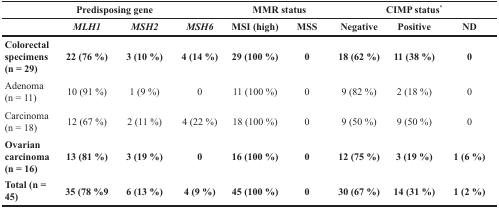
|  | <COLSPAN=2> Predisposing gene |  | <COLSPAN=2> MMR status | <COLSPAN=3> CIMP status* |
 |  | MLH1 | MSH2 | MSH6 | MSI (high) | MSS | Negative | Positive | ND |
 | --- | --- | --- | --- | --- | --- | --- | --- | --- |
 | Colorectal specimens (n = 29) | 22 (76 %) | 3 (10 %) | 4 (14 %) | 29 (100 %) | 0 | 18 (62 %) | 11 (38 %) | 0 |
 | Adenoma (n = 11) | 10 (91 %) | 1 (9 %) | 0 | 11 (100 %) | 0 | 9 (82 %) | 2 (18 %) | 0 |
 | Carcinoma (n = 18) | 12 (67 %) | 2 (11 %) | 4 (22 %) | 18 (100 %) | 0 | 9 (50 %) | 9 (50 %) | 0 |
 | Ovarian carcinoma (n = 16) | 13 (81 %) | 3 (19 %) | 0 | 16 (100 %) | 0 | 12 (75 %) | 3 (19 %) | 1 (6 %) |
 | Total (n = 45) | 35 (78 %9 | 6 (13 %) | 4 (9 %) | 45 (100 %) | 0 | 30 (67 %) | 14 (31 %) | 1 (2 %) |